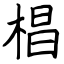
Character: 椙